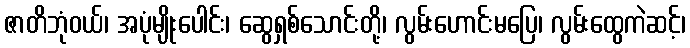
ဇာတိဘုံဝယ်၊ အပုံမျိုးပေါင်း၊ ဆွေရှစ်သောင်းတို့၊ လွမ်းဟောင်းမပြေ၊ လွမ်းထွေကဲဆင့်၊